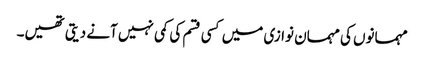
مہمانوں کی مہمان نوازی میں کسی قسم کی کمی نہیں آنے دیتی تھیں۔